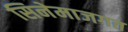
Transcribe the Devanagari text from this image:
सिनेमाजगत